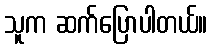
သူက ဆက်ပြောပါတယ်။